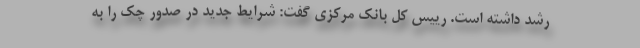
رشد داشته است. رییس کل بانک مرکزی گفت: شرایط جدید در صدور چک را به